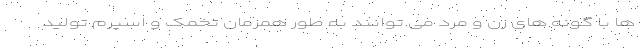
ها با گونه های زن و مرد می توانند به طور همزمان تخمک و اسپرم تولید